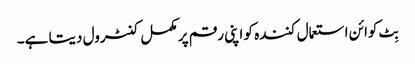
بِٹ کوائن استعمال کنندہ کو اپنی رقم پر مکمل کنٹرول دیتا ہے۔